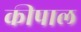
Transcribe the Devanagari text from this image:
कीपाल